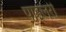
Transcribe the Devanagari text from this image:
पाइलरी